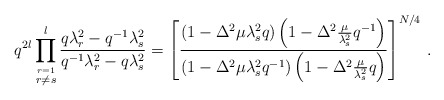
\begin{align*}q^{2l}\prod _{{\stackrel{r=1}{r\not= s}}}^l \frac{q\lambda _r^2-q^{-1}\lambda _s^2}{q^{-1}\lambda _r^2-q\lambda _s^2}=\left [\frac {(1- \Delta ^2 \mu \lambda _s ^2 q)\left(1-\Delta ^2\frac {\mu}{\lambda _s ^2}q^{-1}\right)}{(1-\Delta ^2 \mu \lambda _s ^2 q^{-1})\left(1-\Delta ^2\frac {\mu}{\lambda _s^2}q\right)}\right]^{N/4} \, .\end{align*}